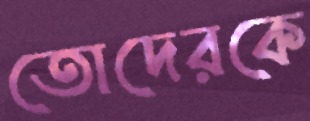
তোদেরকে